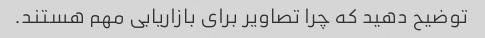
توضیح دهید که چرا تصاویر برای بازاریابی مهم هستند.